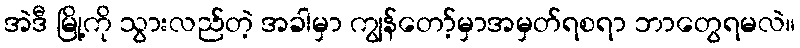
အဲဒီ မြို့ကို သွားလည်တဲ့ အခါမှာ ကျွန်တော့်မှာအမှတ်ရစရာ ဘာတွေရမလဲ။